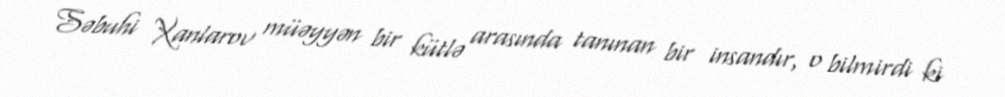
Səbuhi Xanlarov müəyyən bir kütlə arasında tanınan bir insandır, o bilmirdi ki